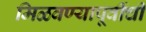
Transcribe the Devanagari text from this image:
मिळवण्यापूर्वीची